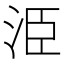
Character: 𭰍